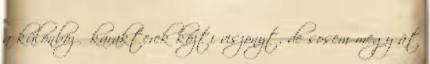
a különböző karakterek közti viszonyt, de sosem megy át